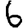
Digit: 6